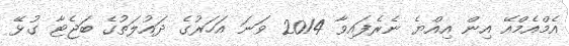
އެމްއެމްއޭ އިން އިއްޔެ ނެރެފައިވާ 2014 ވަނަ އަހަރުގެ ދައުލަތުގެ ބަޖެޓާ ގުޅޭ